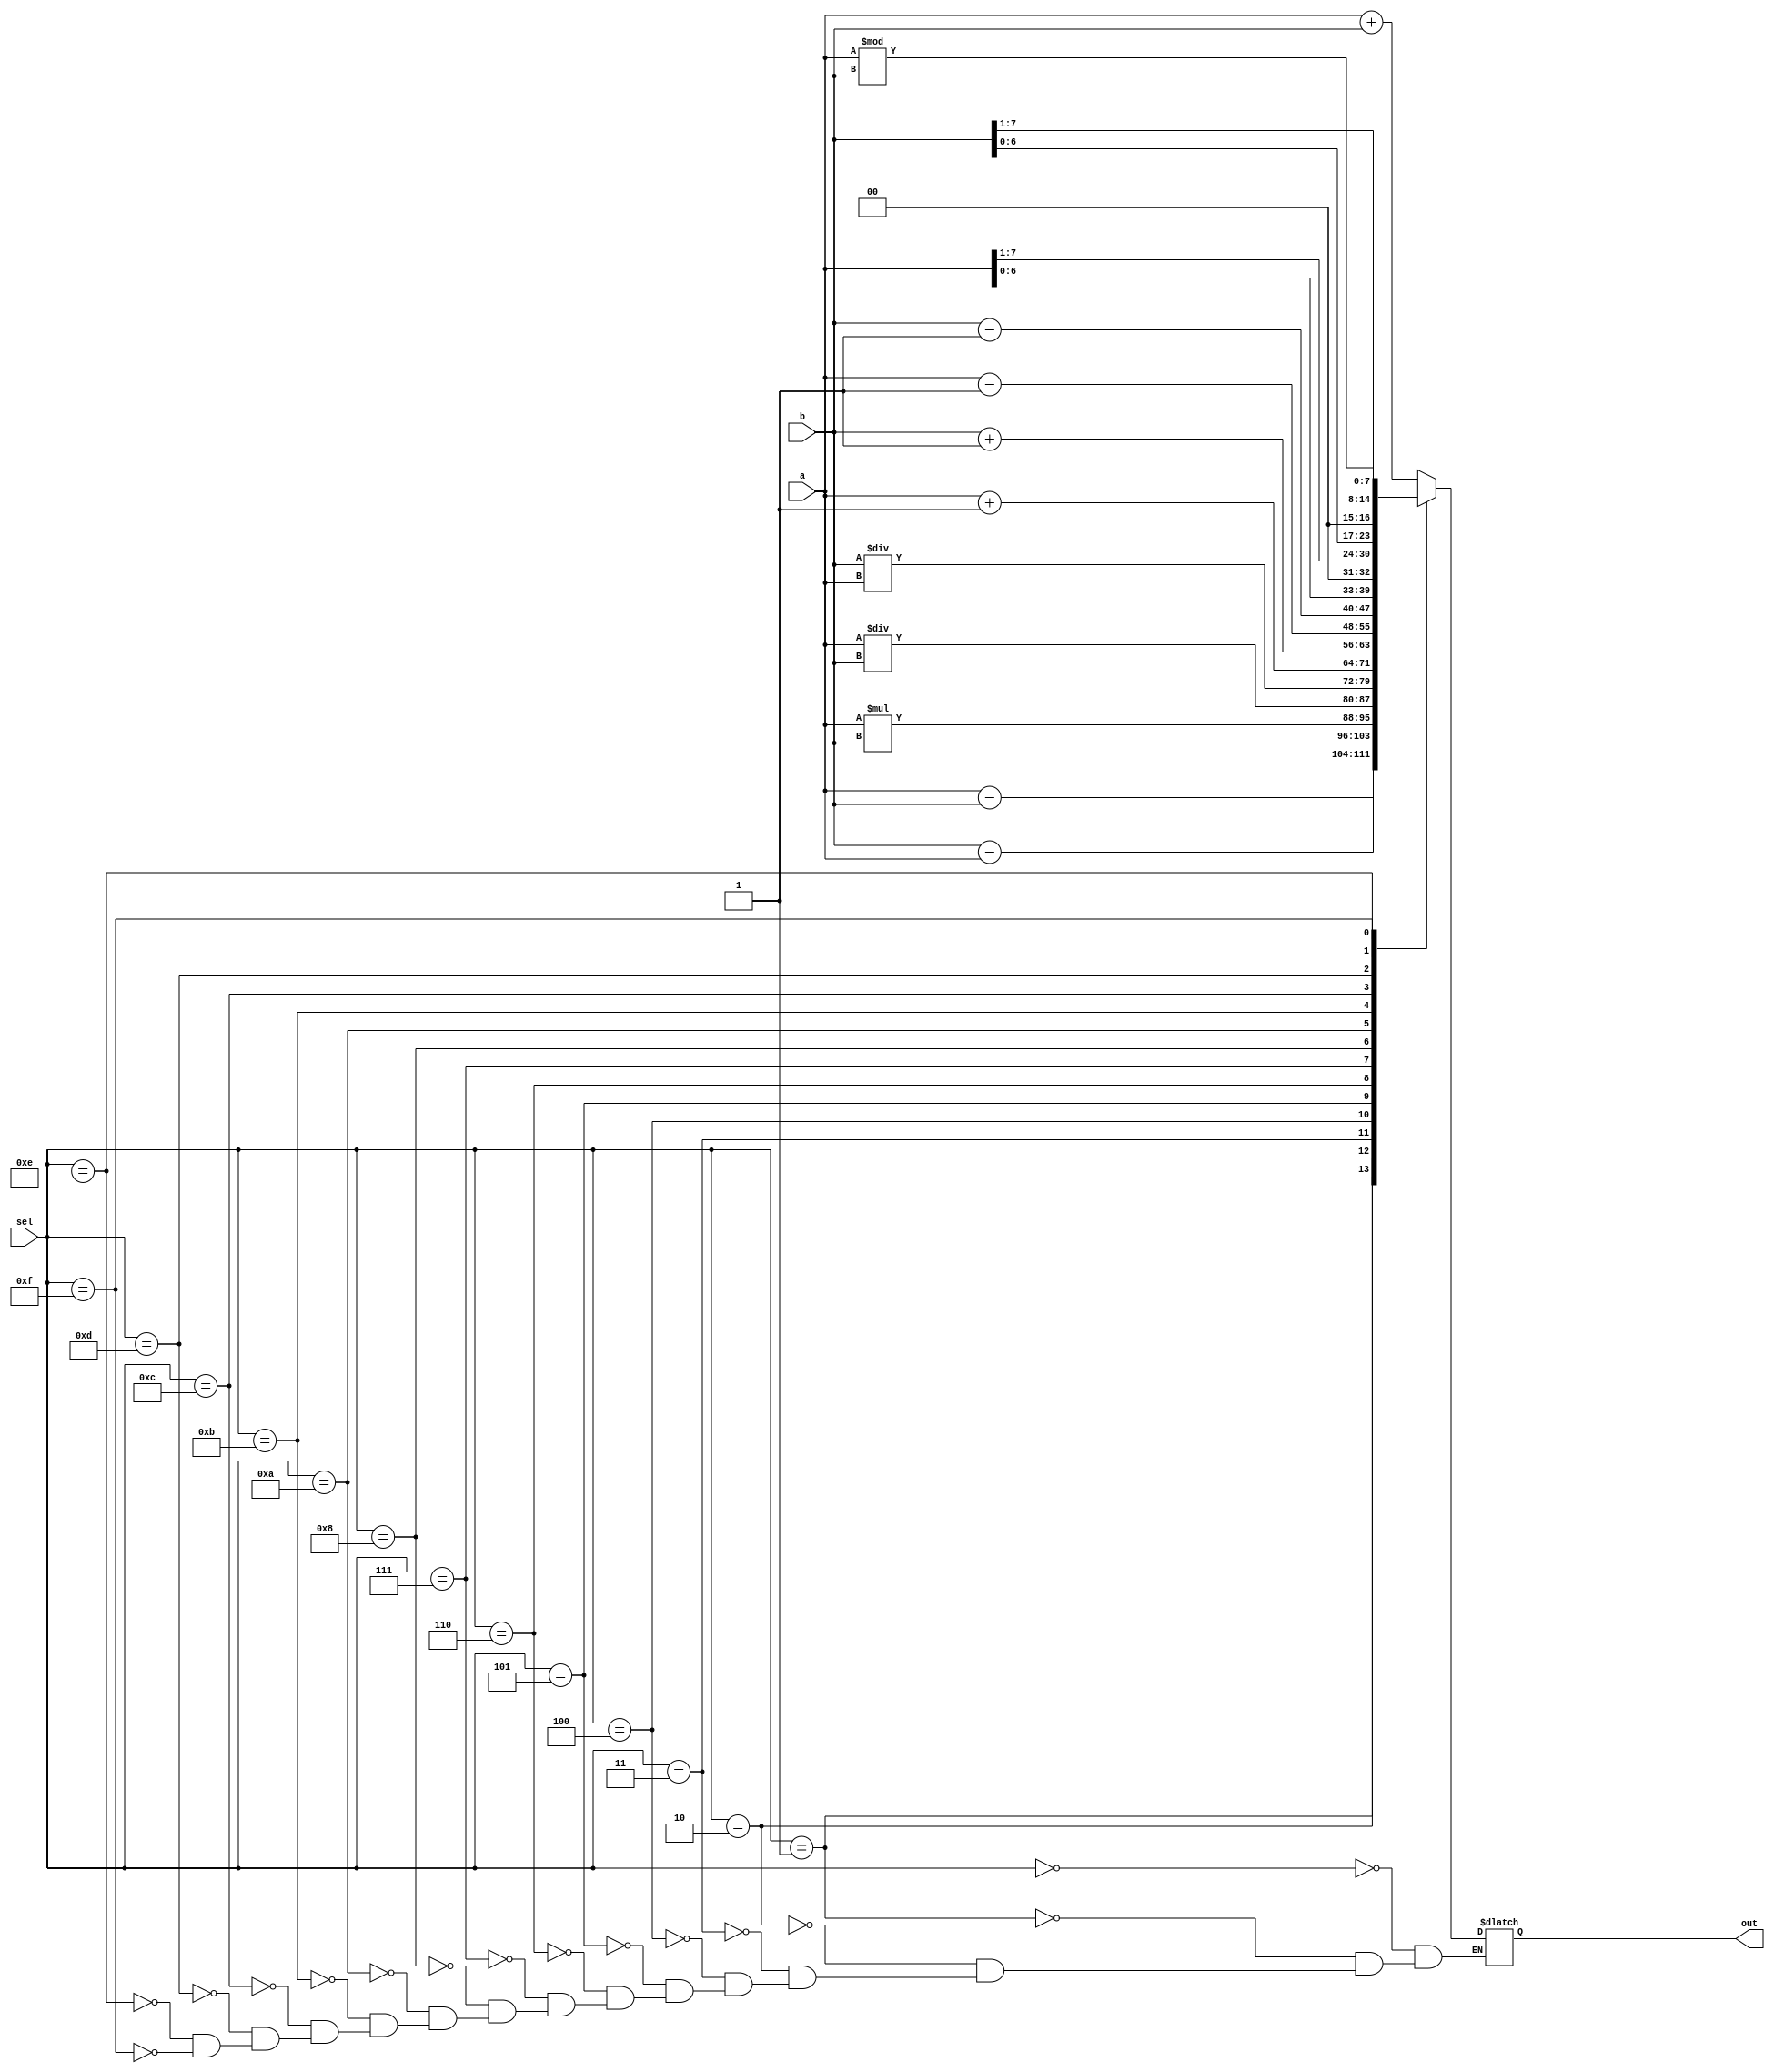
module alu(input [7:0] a, b, input [15:0] sel, output [7:0] out);

	reg out;
	always @ (sel)
		begin
			case(sel)
				// more bits can be used for out
				4'b0000 : out <= a + b;
				4'b0001 : out <= a - b;
				4'b0010 : out <= b - a;
				4'b0011 : out <= a * b;
				4'b0100 : out <= a / b;
				4'b0101 : out <= b / a;
				4'b0110 : out <= a + 4'b0001;
				4'b0111 : out <= b + 4'b0001;
				4'b1000 : out <= a - 4'b0001;
				4'b1010 : out <= b - 4'b0001;
				4'b1011 : out <= a <<< 1;
				4'b1100 : out <= a >>> 1;
				4'b1101 : out <= b <<< 1;
				4'b1110 : out <= b >>> 1;
				4'b1111 : out <= a % b; 
			endcase
		end

endmodule